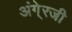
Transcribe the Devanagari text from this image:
अंगे्रजी